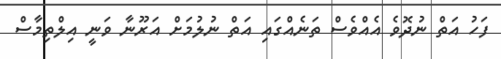
ފަހު އަތް ނުދޮވެ އެއްވެސް ތަނެއްގައި އަތް ނުލުމަށް އަރޫނާ ވަނީ އިލްތިމާސް